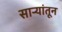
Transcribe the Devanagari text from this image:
सार्‍यांतून